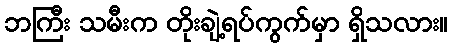
ဘကြီး သမီးက တိုးချဲ့ရပ်ကွက်မှာ ရှိသလား။